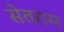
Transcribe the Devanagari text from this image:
सेतराम